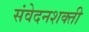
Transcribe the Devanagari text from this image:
संवेदनशक्ती